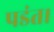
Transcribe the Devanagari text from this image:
पडंत।